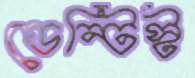
ডেন্টিস্ট